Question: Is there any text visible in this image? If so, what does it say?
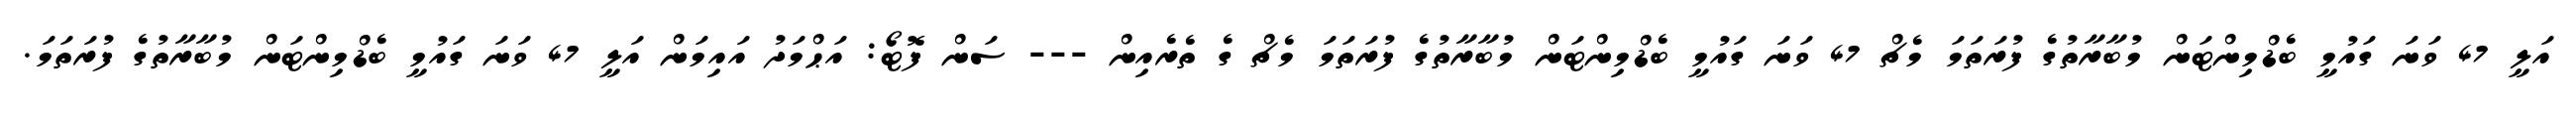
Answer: އަލީ 47 ވަނަ ގައުމީ ބެޑްމިންޓަން މުބާރާތުގެ ފުރަތަމަ މެޗް 47 ވަނަ ގައުމީ ބެޑްމިންޓަން މުބާރާތުގެ ފުރަތަމަ މެޗް ގެ ތެރެއިން --- ސަން ފޮޓޯ: އަޙްމަދު އައިމަން އަލީ 47 ވަނަ ގައުމީ ބެޑްމިންޓަން މުބާރާތުގެ ފުރަތަމަ.